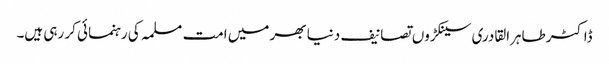
ڈاکٹر طاہرالقادری سینکڑوں تصانیف دنیا بھر میں امت مسلمہ کی رہنمائی کر رہی ہیں۔